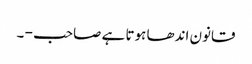
قانون اندھا ہوتا ہے صاحب - ۔